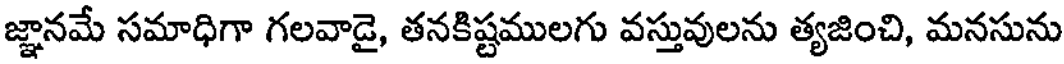
జ్ఞానమే సమాధిగా గలవాడై, తనకిష్టములగు వస్తువులను త్యజించి, మనసును